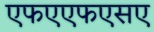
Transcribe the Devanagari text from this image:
एफएएफएसए